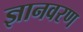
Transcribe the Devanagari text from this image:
ज्ञानवरण